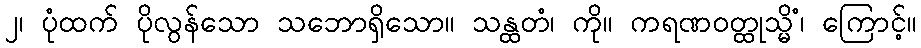
၂၊ ပုံထက် ပိုလွန်သော သဘောရှိသော။ သန္ထတံ၊ ကို။ ကရဏဝတ္ထုသ္မိံ၊ ကြောင့်။